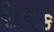
દોધક